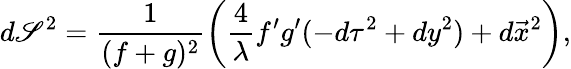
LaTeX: d\mathscr{S}^{2}=\frac{{1}}{{(f+g)^{2}}}\left(\frac{{4}}{{\lambda}}f^{\prime}g^{\prime}(-d\tau^{2}+dy^{2})+d\vec{{x}}^{2}\right),